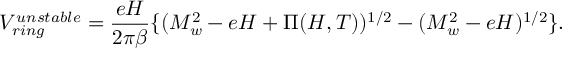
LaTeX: V _ { r i n g } ^ { u n s t a b l e } = \frac { e H } { 2 \pi \beta } \{ ( M _ { w } ^ { 2 } - e H + \Pi ( H , T ) ) ^ { 1 / 2 } - ( M _ { w } ^ { 2 } - e H ) ^ { 1 / 2 } \} .